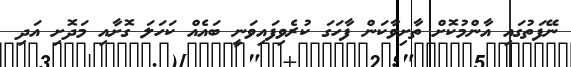
ނޭފަތުގައި އާންމުކޮށް ތާށިވާކަން ފާހަގަ ކުރެވިފައިވަނީ ބައެއް ކަހަލަ ގޮށާއި މަދޮށި އަދި